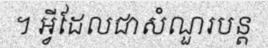
។ អ្វីដែលជាសំណួរបន្ត